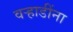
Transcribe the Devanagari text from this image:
वऱ्हाडींना